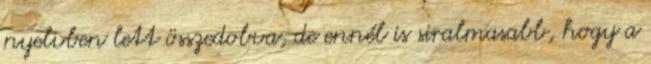
nyelvben lett összedobva, de ennél is siralmasabb, hogy a